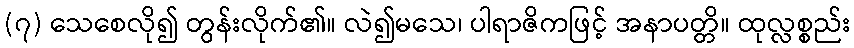
(၇) သေစေလို၍ တွန်းလိုက်၏။ လဲ၍မသေ၊ ပါရာဇိကဖြင့် အနာပတ္တိ။ ထုလ္လစ္စည်း